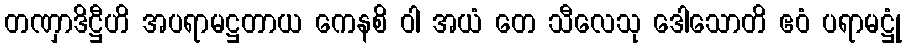
တဏှာဒိဋ္ဌီဟိ အပရာမဋ္ဌတာယ ကေနစိ ဝါ အယံ တေ သီလေသု ဒေါသောတိ ဧဝံ ပရာမဋ္ဌုံ